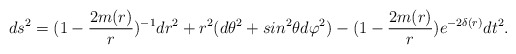
\begin{align*}ds^{2}=(1-\frac{2m(r)}{r})^{-1}dr^{2}+r^2(d\theta^{2}+sin^{2}\theta d\varphi^{2})-(1-\frac{2m(r)}{r})e^{-2\delta(r)}dt^{2}.\end{align*}